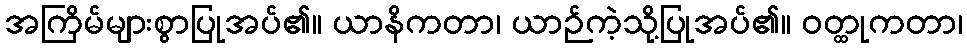
အကြိမ်များစွာပြုအပ်၏။ ယာနိကတာ၊ ယာဉ်ကဲ့သို့ပြုအပ်၏။ ဝတ္ထုကတာ၊